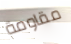
مقاومة